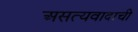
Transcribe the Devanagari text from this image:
असत्यवादाची